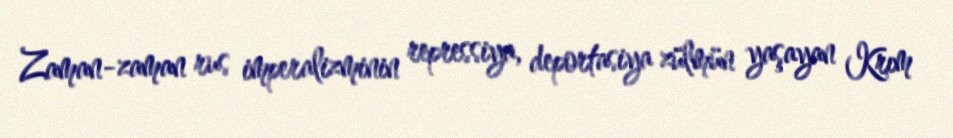
Zaman-zaman rus imperalizminin repressiya, deportasiya zülmün yaşayan Krım